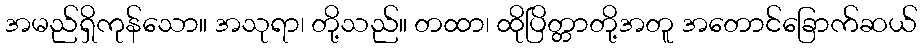
အမည်ရှိကုန်သော။ အသုရာ၊ တို့သည်။ တထာ၊ ထိုပြိတ္တာတို့အတူ အတောင်ခြောက်ဆယ်